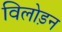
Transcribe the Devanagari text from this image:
विलोड़न